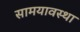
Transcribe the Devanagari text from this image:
सामयावस्था